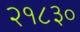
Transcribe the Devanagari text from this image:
२१८३०